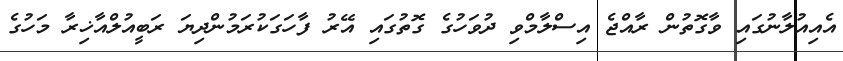
އެއިއުލާނުގައި ވާގޮތުން ރާއްޖެ އިސްލާމްވި ދުވަހުގެ ގޮތުގައި އޭރު ފާހަގަކުރަމުންދިޔަ ރަބީއުލްއާޚިރާ މަހުގެ